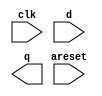
`timescale 1ns / 1ps
//////////////////////////////////////////////////////////////////////////////////
// Company: 
// Engineer: 
// 
// Design Name: 
// Module Name: Dff8ar
// Project Name: 
// Target Devices: 
// Tool Versions: 
// Description: 
// 
// Dependencies: 
// 
// Revision:
// Revision 0.01 - File Created
// Additional Comments:
// 
//////////////////////////////////////////////////////////////////////////////////


module Dff8ar(
    input clk,
    input areset,   // active high asynchronous reset
    input [7:0] d,
    output [7:0] q
    );
endmodule